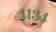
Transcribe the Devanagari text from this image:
४१३४